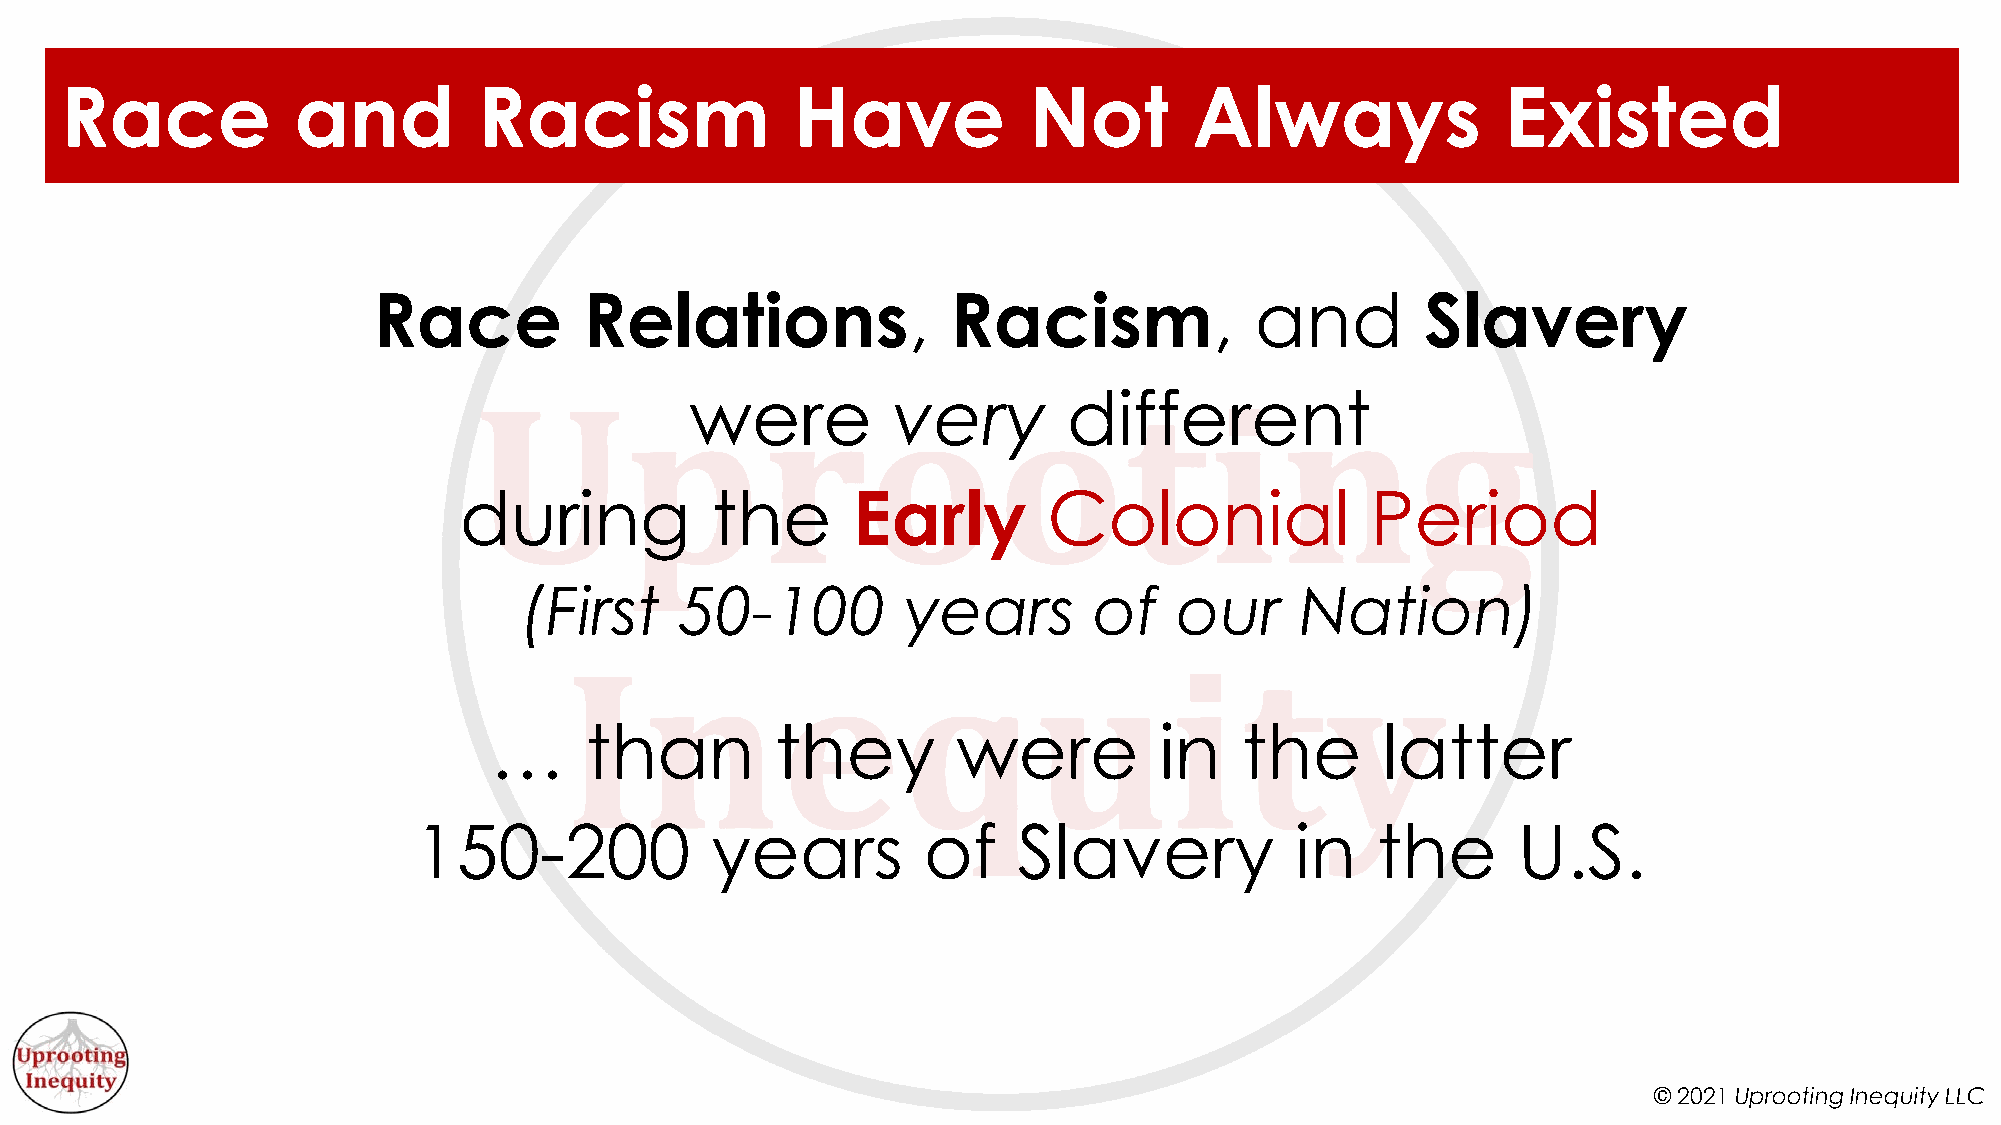
Race           and          Racism              Have            Not        Always               Existed
 Race          Relations,              Racism,             and        Slavery
 were         very        different
 during           the      Early        Colonial              Period
 (First    50-100         years       of    our     Nation)
 …      than        they        were          in   the      latter
 150-200             years         of    Slavery            in   the      U.S.
 © 2021 Uprooting Inequity LLC